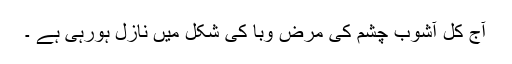
آج کل آشوب چشم کی مرض وبا کی شکل میں نازل ہورہی ہے ۔